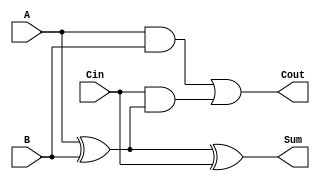
module LowPowerFullAdder (
    input wire A,     // First input bit
    input wire B,     // Second input bit
    input wire Cin,   // Carry input bit
    output wire Sum,  // Output sum bit
    output wire Cout  // Carry output bit
);

// Intermediate signals for calculations
wire AxorB; // Intermediate XOR result
wire AB;    // AND result of A and B
wire CinAxorB; // AND of Cin and (A XOR B)

// Calculate the sum using XOR gates
assign AxorB = A ^ B;             // A XOR B
assign Sum = AxorB ^ Cin;         // Sum = (A XOR B) XOR Cin

// Calculate the carry output using AND and OR gates
assign AB = A & B;                 // A AND B
assign CinAxorB = Cin & AxorB;    // Cin AND (A XOR B)
assign Cout = AB | CinAxorB;      // Cout = (A AND B) OR (Cin AND (A XOR B))

endmodule